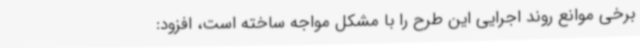
برخی موانع روند اجرایی این طرح را با مشکل مواجه ساخته است، افزود: